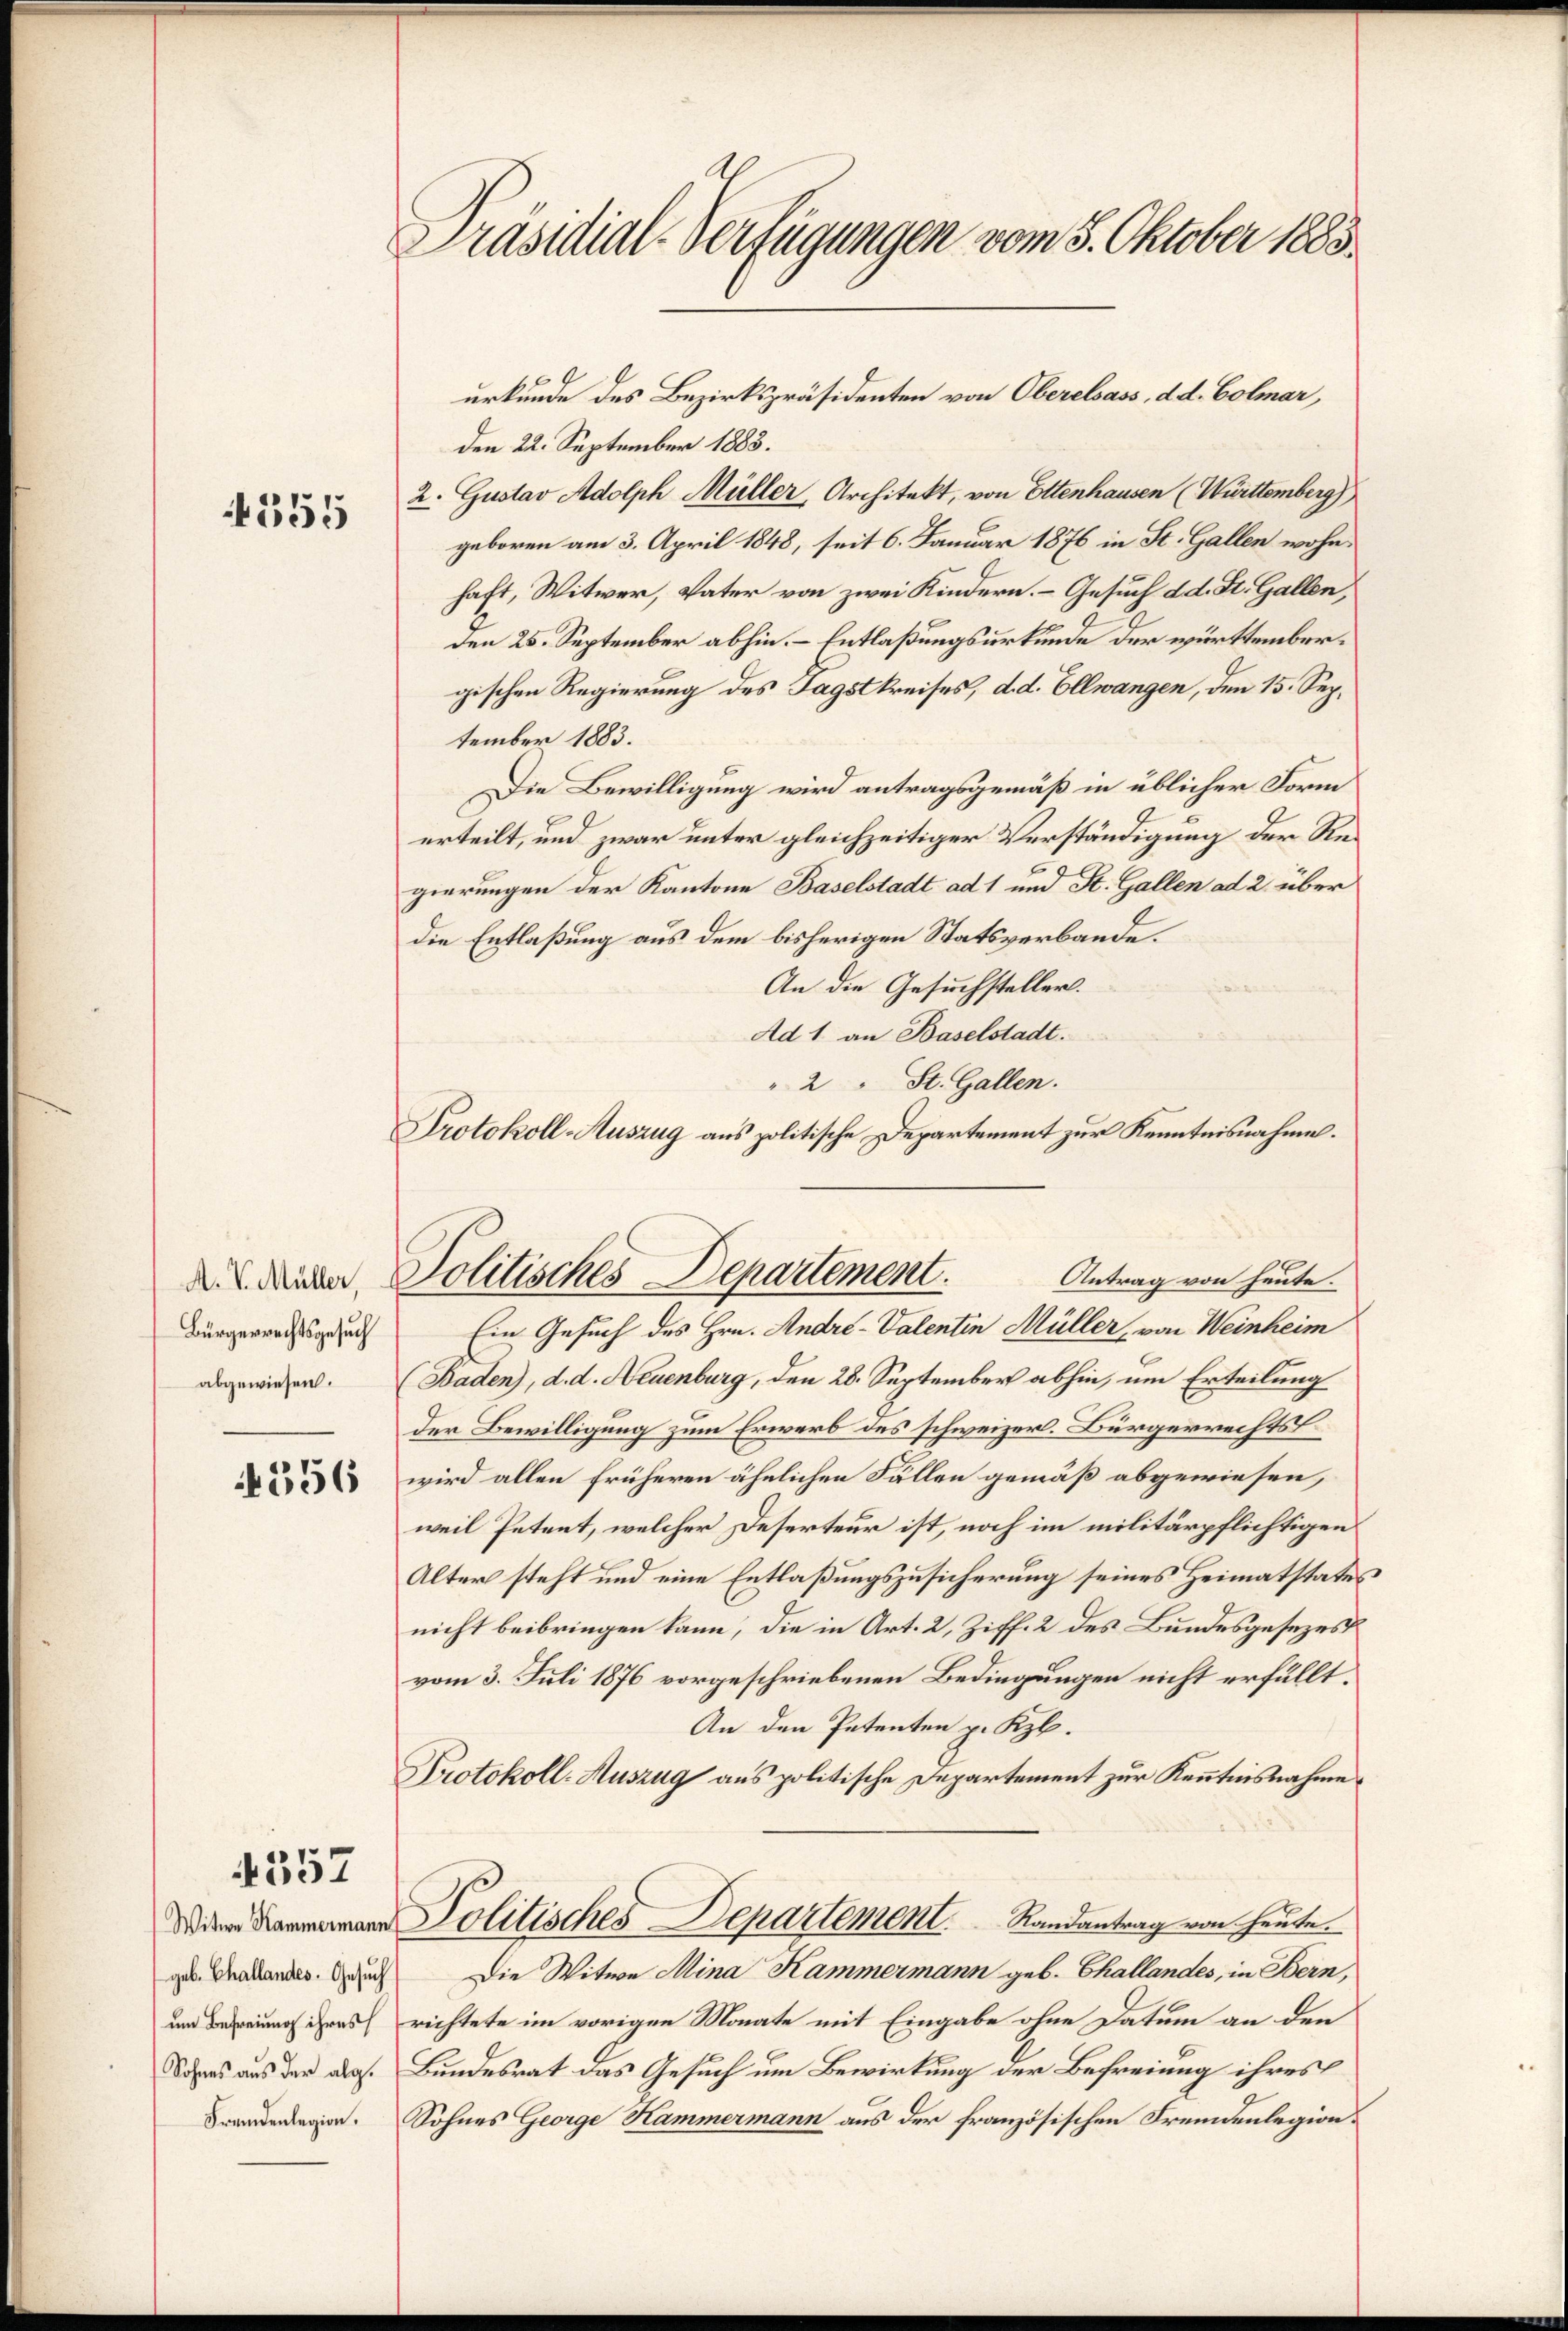
4355

A. V. Müller,
Bürgerrechtsgesuch
abgewiesen.

4556

557

um Befreiung ihres
Sohnes aus der alg.
Fremdenlegion.

Präsidial-Verfügungen vom 3. Oktober 1883.

den 22. September 1883.
2. Gustav Adolph Müller, Architekt, von Ettenhausen (Württemberg)
geboren am 3. April 1848, seit 6. Januar 1876 in St. Gallen wohnhaft, Witwer, Vater von zwei Kindern. – Gesuch d. d. St. Gallen,
den 25. September abhin. – Entlaßungsurkunde der württembergischen Regierung des Tagstkreises, d. d. Ellwangen, den 15. September 1883.
Die Bewilligung wird antragsgemäß in üblicher Form
erteilt, und zwar unter gleichzeitiger Verständigung der Regierungen der Kantone Baselstadt ad 1 und St. Gallen ad 2. über
die Entlaßung aus dem bisherigen Statsverbande.
An die Gesuchsteller.
Ad 1 an Baselstadt.
" 2 " St. Gallen.
Protokoll-Auszug aus politische Departement zur Kenntnisnahme.

Politisches Departement.
Antrag von heute.
Ein Gesuch des Hrn. André-Valentin Müller, von Weinheim

urkunde des Bezirkspräsidenten von Oberelsass, d. d. Colmar,

(Baden), d. d. Neuenburg, den 28. September abhin, um Erteilung
der Bewilligung zum Erwerb des schweizer. Bürgerrechts
wird allen früheren ähnlichen Fällen gemäß abgewiesen,
weil Petent, welcher Deserteur ist, noch im militärpflichtigen
Alter steht und eine Entlaßungszusicherung seines Heimatstates
nicht beibringen kann, die in Art. 2, Ziff. 2 des Bundesgesezes
vom 3. Juli 1876 vorgeschriebenen Bedingungen nicht erfüllt.
An den Petenten p. Kzb.
Protokoll-Auszug aus politische Departement zur Kenntnisnahme
a Politisches Departemont.         Randantrag von heute.
gus Gnadendes Rauch die Witwe Mina Kammermann geb. Challandes, in Bern,
richtete im vorigen Monate mit Eingabe ohne Datum an den
Bundesrat das Gesuch um Bewirkung der Befreiung ihres
Sohnes George Hammermann aus der französischen Fremdenlegion.